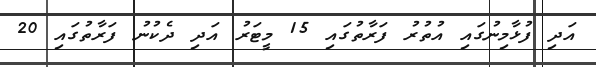
އަދި ފުޅާމިނުގައި އުތުރު ފަރާތުގައި 15 މީޓަރު އަދި ދެކުނު ފަރާތުގައި 20